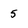
Character: 5